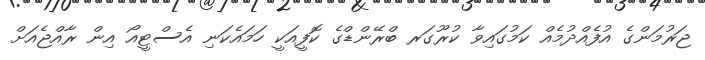
ޖަރުމަންގެ އުފެއްދުމެއް ކަމުގައިވާ ކުރޫގަރ ބްރޭންޑްގެ ކޮފީއަކީ ހަމައެކަނި އެސްޓީއޯ އިން ރާއްޖެއަށް